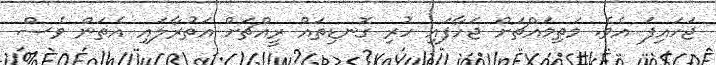
ޖަހައިފަ އެވެ. މަތިމައްޗަށް ޖަހާފައި ހުރި ގޮނޑިތައް ރީއްޗަށް އަތުރާލައި އެތަން ވެސް